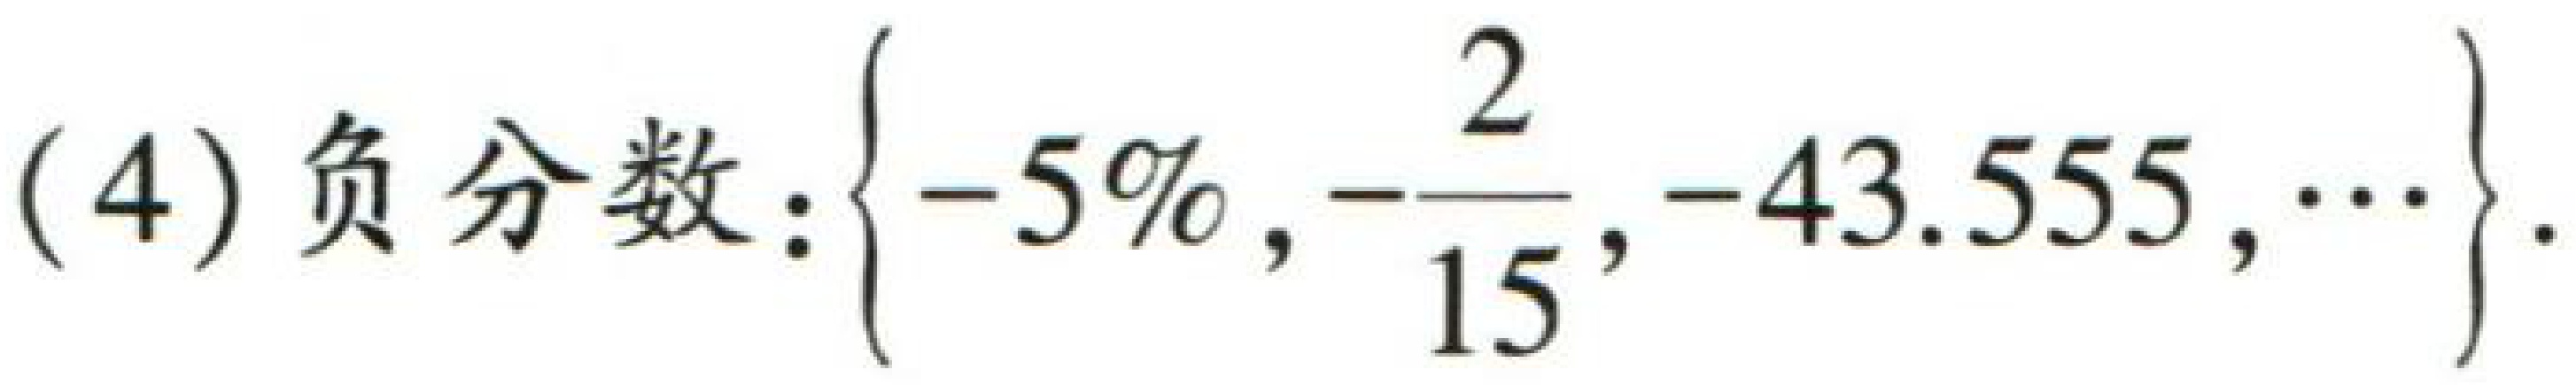
(4) 负分数:$\left\{ -5\%,-\dfrac{2}{15},-43.555,\cdots\right\}.$